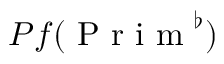
P f ( \mathrm { ~ P ~ r ~ i ~ m ~ } ^ { \flat } )